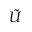
\tilde { U }